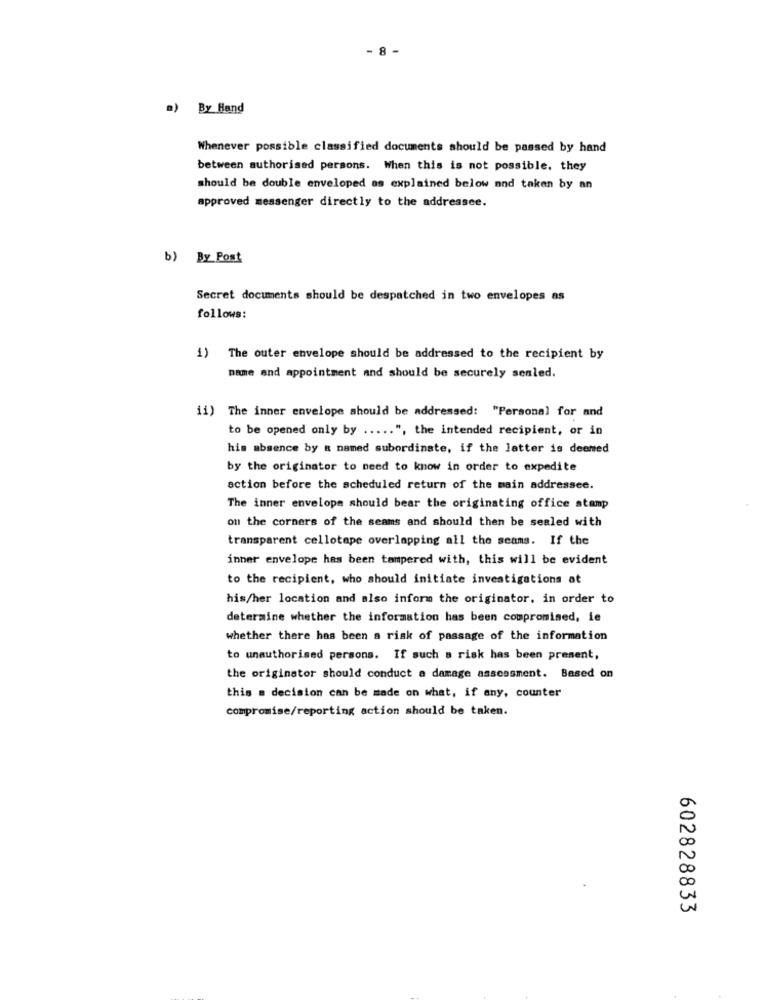
8 -
a) By Hand
Whenever possible classified documents should be passed by hand
between authorised persons. When this is not possible. they
should be double enveloped as explained below and taken by an
approved messenger directly to the addressee.
b) By Post
Secret documents should be despatched in two envelopes as
follows:
1) The outer envelope should be addressed to the recipient by
name and appointment and should be securely sealed.
ii) The inner envelope should be addressed: "Personal for and
to be opened only by ..... ", the intended recipient, or in
his absence by a named subordinate, if the latter is deemed
by the originator to need to know in order to expedite
action before the scheduled return of the main addressee.
The inner envelope should bear the originating office stamp
on the corners of the seams and should then be sealed with
transparent cellotape overlapping all the seams. If the
inner envelope has been tampered with, this will be evident
to the recipient, who should initiate investigations at
his/her location and also inform the originator, in order to
determine whether the information has been compromised, le
whether there has been a risk of passage of the information
to unauthorised persons. If such a risk has been present,
the originator should conduct a damage assessment. Based on
this = decision can be made on what, if any, counter
compromise/reporting action should be taken.
602828833